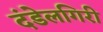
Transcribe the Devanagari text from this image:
दंडेलगिरी